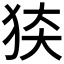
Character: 𰡍